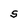
Character: S